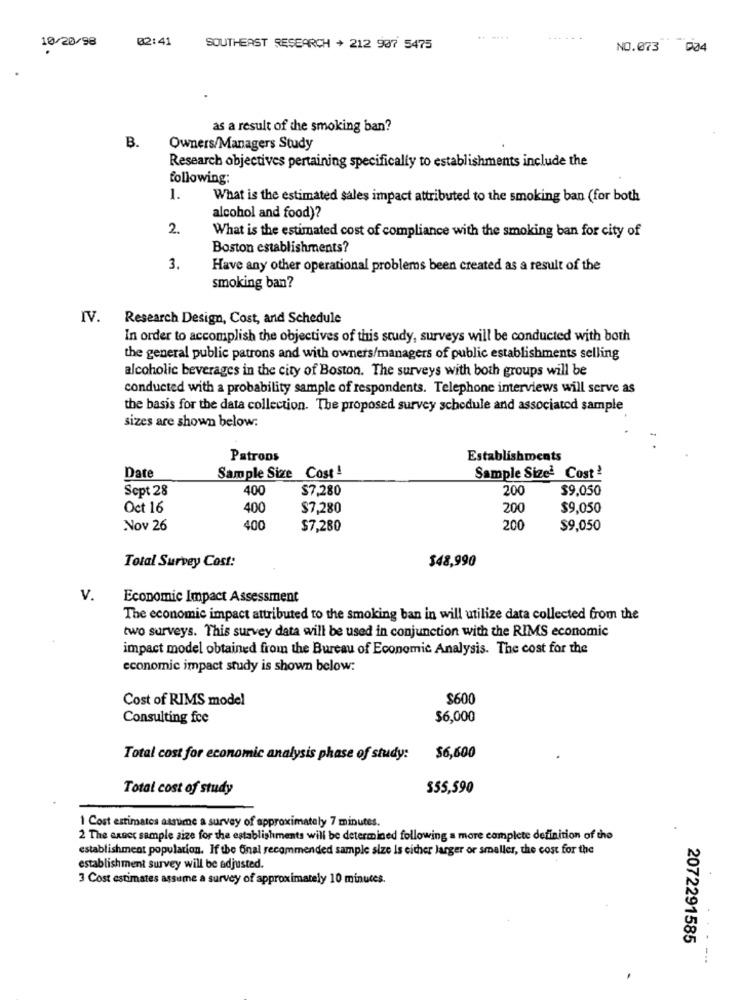
10/20/98
02:41
....
SOUTHEAST RESEARCH + 212 907 5475
NO.073 004
as a result of the smoking ban?
B.
Owners/Managers Study
Research objectives pertaining specifically to establishments include the
following:
1.
What is the estimated sales impact attributed to the smoking ban (for both
alcohol and food)?
What is the estimated cost of compliance with the smoking ban for city of
Boston establishments?
3.
Have any other operational problems been created as a result of the
smoking ban?
IV.
Research Design, Cost, and Schedule
In order to accomplish the objectives of this study, surveys will be conducted with both
the general public patrons and with owners/managers of public establishments selling
alcoholic beverages in the city of Boston. The surveys with both groups will be
conducted with a probability sample of respondents. Telephone interviews will serve as
the basis for the data collection. The proposed survey schedule and associated sample
sizes are shown below:
Patrons
Establishments
Sample Size Cost!
Date
Sample Sized Cost'
Sept 28
400
$7,280
200
$9.050
Oct 16
400
$7,280
200
$9,050
Nov 26
400
$7,280
200
$9,050
$48,990
Total Survey Cost:
V.
Economic Impact Assessment
The economic impact attributed to the smoking ban in will utilize data collected from the
two surveys. This survey data will be used in conjunction with the RIMS economic
impact model obtained from the Bureau of Economic Analysis. The cost for the
economic impact study is shown below:
Cost of RIMS model
$600
Consulting fce
$6,000
Total cost for economic analysis phase of study:
$6,600
Total cost of study
$55,590
1 Cost estimates assume a survey of approximately 7 minutes.
2 The exact sample size for the establishments will be determined following a more complete definition of the
establishment population. If the Onal recommended sample size Is either larger or smaller, the cost for the
establishment survey will be adjusted.
3 Cost estimates assume a survey of approximately 10 minutes.
2072291585
...